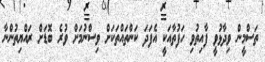
ތަސްމީން ވިދާޅުވީ ފާއިތުވި ހަފުތާއަކީ އެފަދަ ކަންތައްތަކަށް ވިސްނުމަށް ވުރެ ބޮޑަށް ރައްޔިތުންނާ